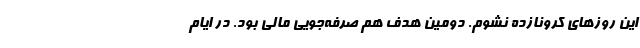
این روزهای کرونازده نشوم. دومین هدف هم صرفه‌جویی مالی بود. در ایام